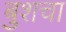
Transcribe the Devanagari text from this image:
बुशचा